Sanitation, dispensaries and jails vaccination Rajputana 1922-1927 - 1922-1927
Year: 1922
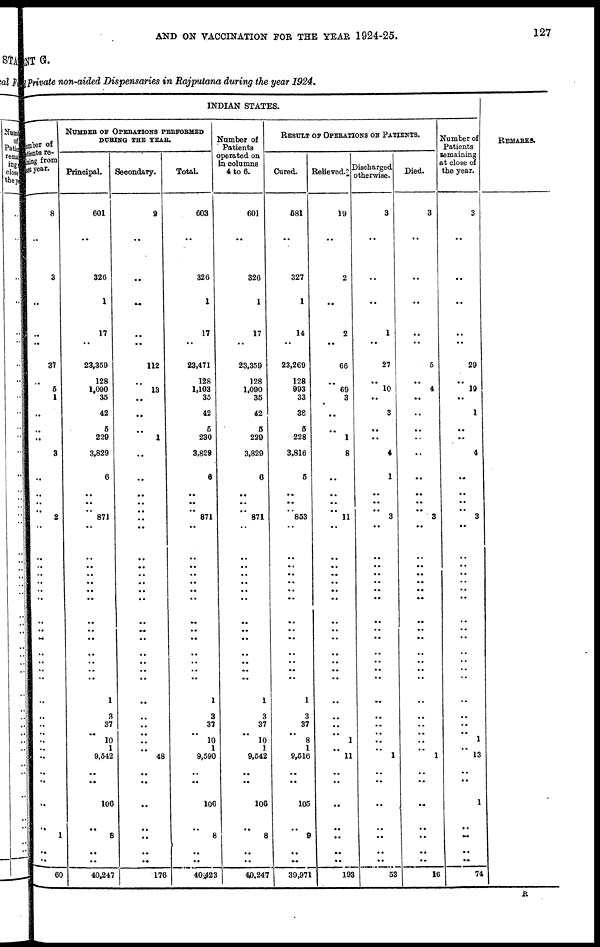
AND ON VACCINATION FOR THE YEAR 1924-25.
127
MENT G.
Private non-aided Dispensaries in Rajputana during the year 1924.
INDIAN STATES.
umber of
atients re¬
mai ng from
ast year.
8
..
3
..
..
..
37
..
5
1
..
..
..
3
..
..
..
..
2
..
..
..
..
..
..
..
..
..
..
..
..
..
..
..
..
..
..
..
..
..
..
..
..
1
..
..
60
NUMBER OF OPERATIONS PERFORMED
DURING THE YEAR.
Principal.
601
..
326
1
17
..
23,359
128
1,090
35
42
5
229
3,829
6
..
..
.. 871
..
..
..
..
..
..
..
..
..
..
..
..
..
1
8
37
..
10
1
9,542
..
..
106
..
8
..
..
40,247
Secondary.
2
..
..
..
..
..
112
..
13
..
..
..
1
..
..
..
..
..
..
..
..
..
..
..
..
..
..
..
..
..
..
..
..
..
..
..
..
..
48
..
..
..
..
..
..
..
176
Total.
603
..
326
1
17
..
23,471
128
1,103
35
42
5
230
3,829
6
..
..
.. 871
..
..
..
..
..
..
..
..
..
..
..
..
..
1
3
37
..
10
1
9,590
..
..
106
..
8
..
..
40,423
Number of
Patients
operated on
in columns
4 to 6.
601
..
326
1
17
..
23,359
128
1,090
35
42
5
229
3,829
6
..
..
.. 871
..
..
..
..
..
..
..
..
..
..
..
..
..
1
3
37
..
10
1
9,542
..
..
106
..
8
..
..
40,247
RESULT OF OPERATIONS ON PATIENTS.
Cured.
581
..
327
1
14
..
23,269
128
993
33
38
5
228
3,816
5
..
..
.. 853
..
..
..
..
..
..
..
..
..
..
..
..
..
1
3
37
..
8
1
9,516
..
..
105
..
9
..
..
39,971
Relieved.
19
..
2
..
2
..
66
..
69
3
..
..
1
8
..
..
..
.. 11
..
..
..
..
..
..
..
..
..
..
..
..
..
..
..
..
..
1
..
11
..
..
..
..
..
..
..
193
Discharged otherwise.
3
..
..
..
1
..
27
..
10
..
3
..
..
4
1
..
..
..
3
..
..
..
..
..
..
..
..
..
..
..
..
..
..
..
..
..
..
..
1
..
..
..
..
..
..
..
53
Died.
3
..
..
..
..
..
5
..
4
..
..
..
..
..
..
..
..
..
3
..
..
..
..
..
..
..
..
..
..
..
..
..
..
..
..
..
..
..
1
..
..
..
..
..
..
..
16
Number of
Patients
remaining
at close of
the year.
3
..
..
..
..
..
29
..
19
..
1
..
..
4
..
..
..
..
3
..
..
..
..
..
..
..
..
..
..
..
..
..
..
.. ..
..
1
..
13
..
..
1
..
..
..
..
74
REMARKS.
R